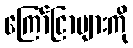
ကြော်ငြာများကို